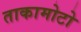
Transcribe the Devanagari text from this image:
ताकामोटो